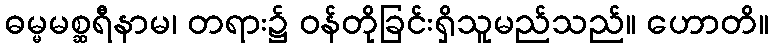
ဓမ္မမစ္ဆရီနာမ၊ တရား၌ ဝန်တိုခြင်းရှိသူမည်သည်။ ဟောတိ။